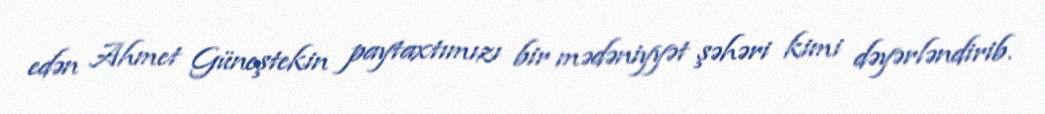
edən Ahmet Güneştekin paytaxtımızı bir mədəniyyət şəhəri kimi dəyərləndirib.